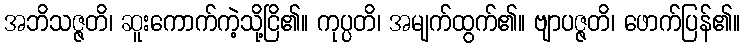
အဘိသဇ္ဇတိ၊ ဆူးကောက်ကဲ့သို့ငြိ၏။ ကုပ္ပတိ၊ အမျက်ထွက်၏။ ဗျာပဇ္ဇတိ၊ ဖောက်ပြန်၏။